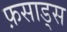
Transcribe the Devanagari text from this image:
फ़साड्स